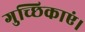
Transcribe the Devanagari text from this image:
गुच्छिकाएं।